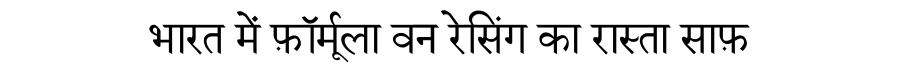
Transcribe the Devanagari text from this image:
भारत में फ़ॉर्मूला वन रेसिंग का रास्ता साफ़